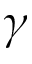
\gamma